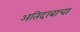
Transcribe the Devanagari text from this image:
अतिदाबाचा